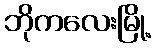
ဘိုကလေးမြို့